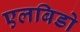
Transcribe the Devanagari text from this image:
एलबिडो